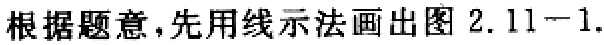
根据题意，先用线示法画出图 2.11−1.